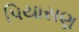
પિયાસણ